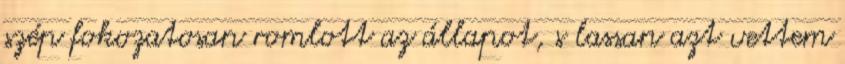
szép fokozatosan romlott az állapot, s lassan azt vettem